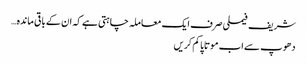
شریف فیملی صرف ایک معاملہ چاہتی ہے کہ ان کے باقی ماندہ…
دھوپ سے اب موتاپا کم کریں